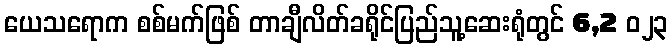
ယေသရောက စစ်မက်ဖြစ် တာချီလိတ်ခရိုင်ပြည်သူ့ဆေးရုံတွင် 6,2 ၀၂၃